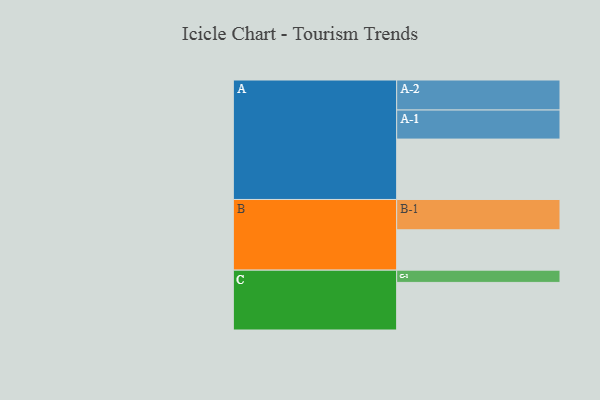
{"axis": {"x": "Segment", "y": "Value"}, "legend": ["", "A", "B", "C"], "data": [{"x": "A", "y": 557, "type": ""}, {"x": "B", "y": 372, "type": ""}, {"x": "C", "y": 439, "type": ""}, {"x": "A-1", "y": 268, "type": "A"}, {"x": "A-2", "y": 277, "type": "A"}, {"x": "B-1", "y": 280, "type": "B"}, {"x": "C-1", "y": 113, "type": "C"}]}